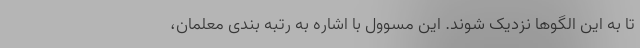
تا به این الگوها نزدیک شوند. این مسوول با اشاره به رتبه بندی معلمان،